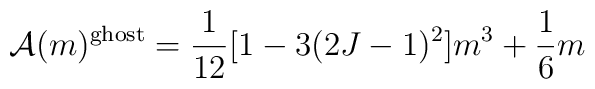
{\cal A}(m)^{\rm ghost}=\frac{1}{12}[1-3(2J-1)^2]m^3+\frac{1}{6}m